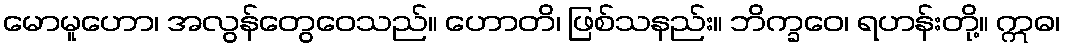
မောမူဟော၊ အလွန်တွေဝေသည်။ ဟောတိ၊ ဖြစ်သနည်း။ ဘိက္ခဝေ၊ ရဟန်းတို့။ ဣဓ၊